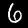
Label: 6